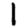
Digit: 1